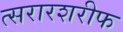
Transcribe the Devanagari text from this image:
त्सरारशरीफ